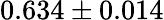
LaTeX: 0.634\pm 0.014